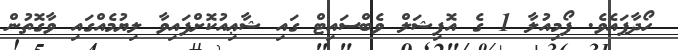
ހޯދާފައެވެ. ފޯމިއުލާ 1 ގެ އޮފިޝަލް ވެބްސައިޓް ގައި ޝާޢިއުކޮށްފައިވާ ލިޔުމެއްގައި ވާގޮތުން